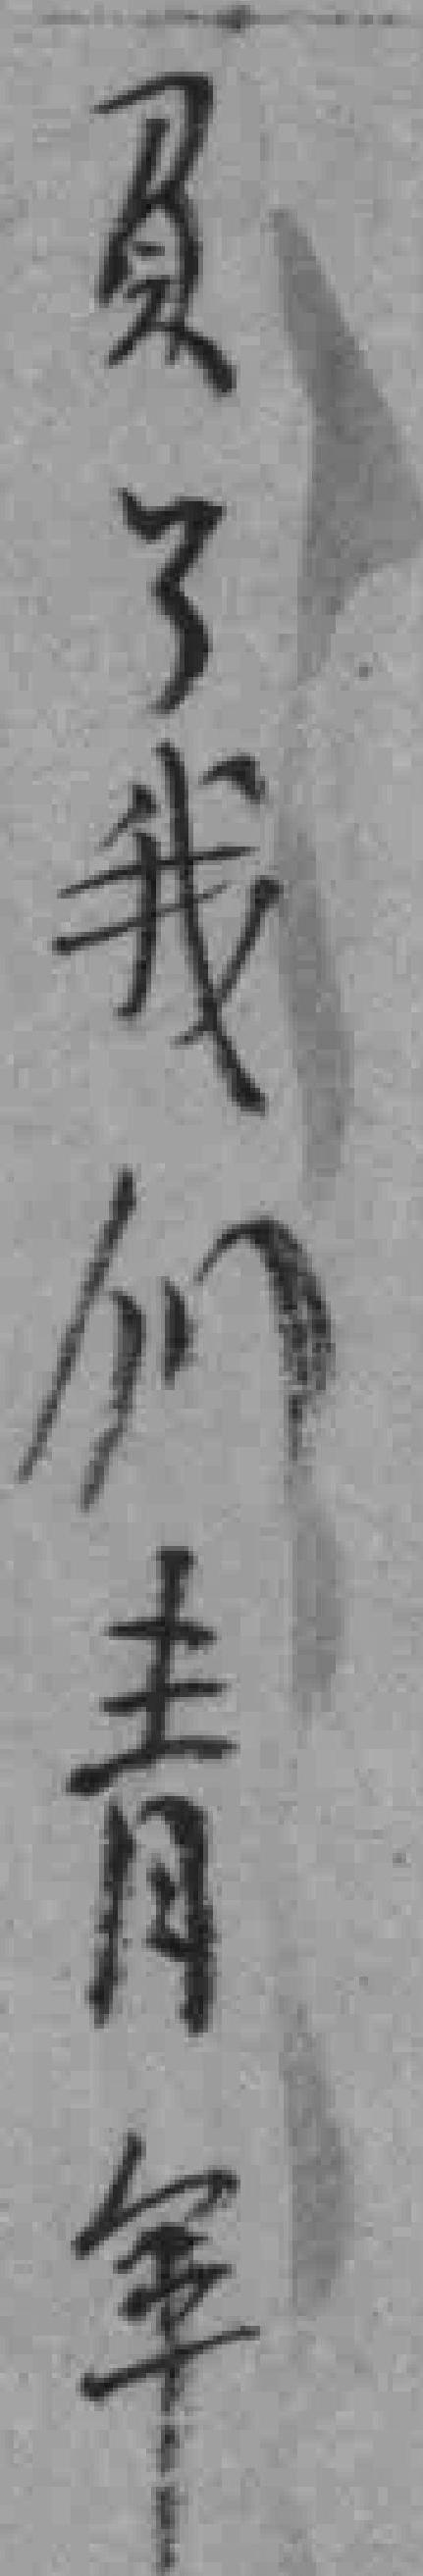
负了我们青年